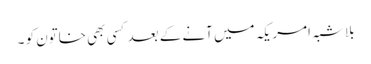
بلا شبہ امریکہ میں آنے کے بعد کسی بھی خاتون کو ۔